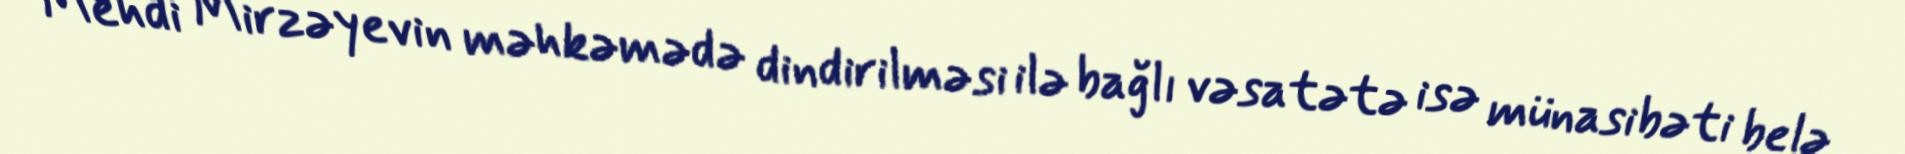
Mehdi Mirzəyevin məhkəmədə dindirilməsi ilə bağlı vəsatətə isə münasibəti belə